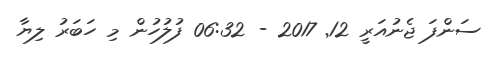
ސަންފަ ޖެނުއަރީ 12